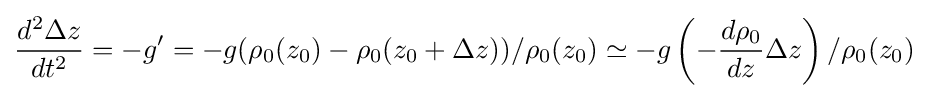
{\frac {d^{2}\Delta z}{dt^{2}}}=-g^{\prime }=-g(\rho _{0}(z_{0})-\rho _{0}(z_{0}+\Delta z))/\rho _{0}(z_{0})\simeq -g\left(-{\frac {d\rho _{0}}{dz}}\Delta z\right)/\rho _{0}(z_{0})